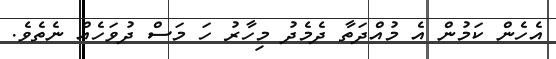
އެހެން ކަމުން އެ މުއްދަތާ ދެމެދު މިހާރު ހަ މަސް ދުވަހެއް ނެތެވެ.